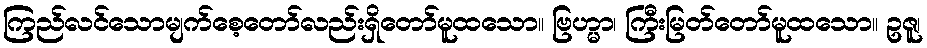
ကြည်လင်သောမျက်စေ့တော်လည်းရှိတော်မူထသော။ ဗြဟ္မာ၊ ကြီးမြတ်တော်မူထသော။ ဥဇူ၊